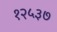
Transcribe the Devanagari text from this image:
१२५३७